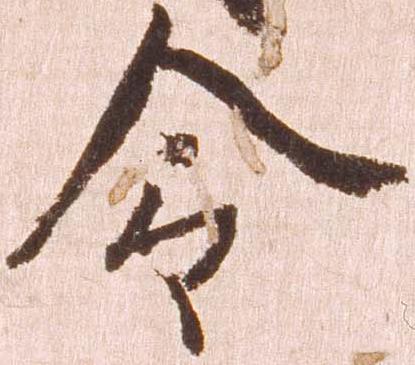
令